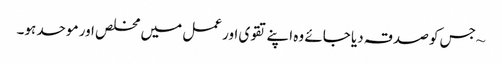
~ جس کو صدقہ دیا جائے وہ اپنےتقوی اور عمل میں مخلص اور موحد ہو۔